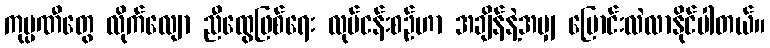
ကုမ္ပဏီတွေ လိုက်လျော ညီထွေဖြစ်ရေး လုပ်ငန်းစဉ်ဟာ အချိန်နဲ့အမျှ ပြောင်းလဲလာနိုင်ပါတယ်။